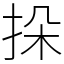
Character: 挆